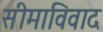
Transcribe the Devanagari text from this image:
सीमाविवाद